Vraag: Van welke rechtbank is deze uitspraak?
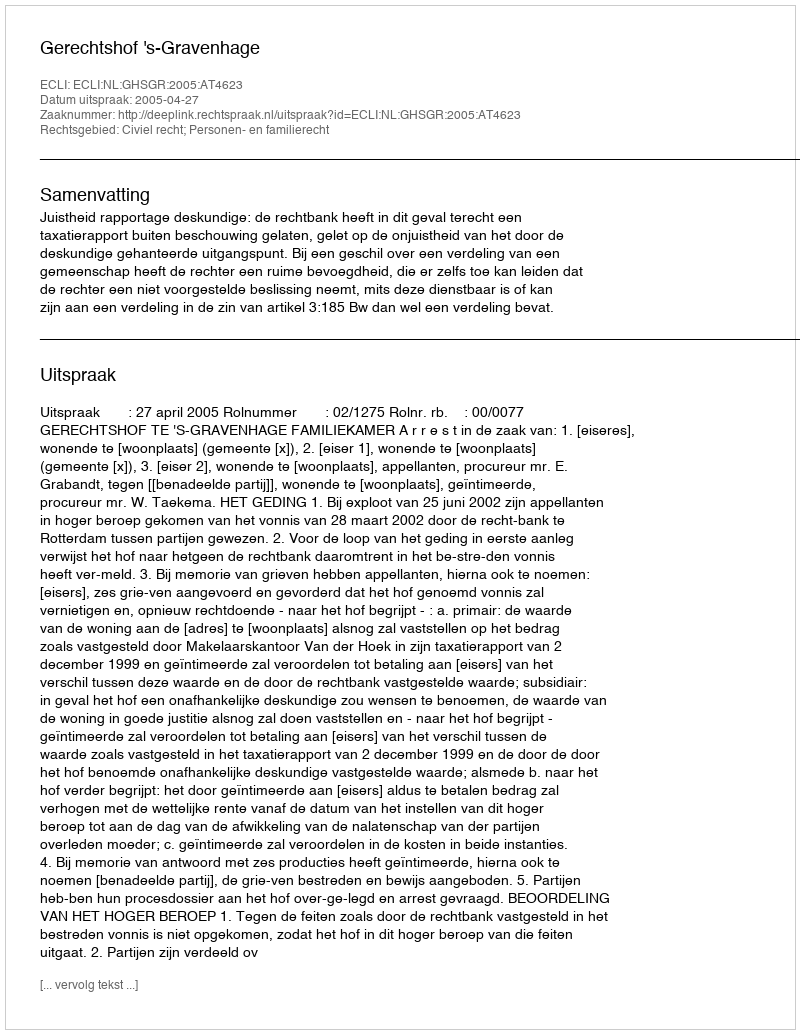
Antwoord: Gerechtshof 's-Gravenhage